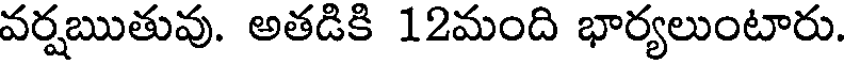
వర్షఋతువు. అతడికి 12మంది భార్యలుంటారు.